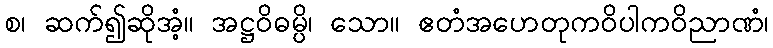
စ၊ ဆက်၍ဆိုအံ့။ အဋ္ဌဝိဓမ္ပိ၊ သော။ ဧတံအဟေတုကဝိပါကဝိညာဏံ၊